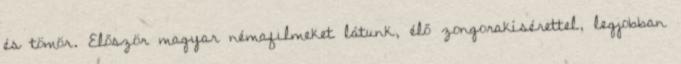
és tömör. Először magyar némafilmeket látunk, élő zongorakísérettel, legjobban